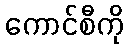
ကောင်စီကို